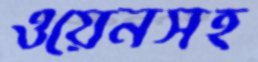
ওয়েনসহ